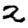
Digit: 2